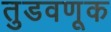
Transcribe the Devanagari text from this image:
तुडवणूक